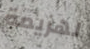
لهزيمة